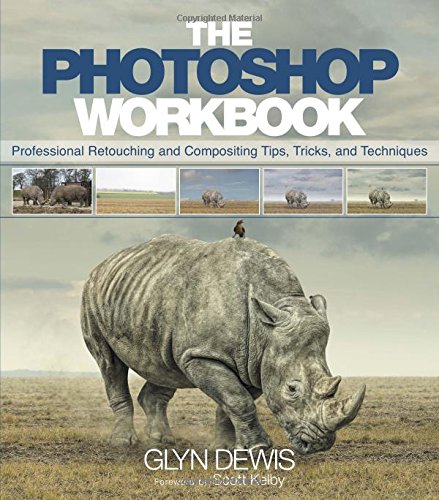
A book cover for The Photoshop Workbook: Professional Retouching and Compositing Tips, Tricks, and Techniques; Glyn Dewis; Computers & Technology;